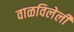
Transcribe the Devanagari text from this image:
वाळविलेली